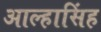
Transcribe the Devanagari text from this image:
आल्हासिंह